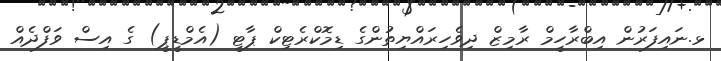
ޅ.ނައިފަރުން އިބްރާހީމް ރާމިޒް ދިވެހިރައްޔިތުންގެ ޑިމޮކްރެޓިކް ޕާޓީ (އެމްޑީޕީ) ގެ އިސް ވަފްދެއް